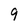
Character: 9